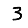
Digit: 3